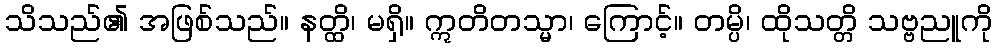
သိသည်၏ အဖြစ်သည်။ နတ္ထိ၊ မရှိ။ ဣတိတသ္မာ၊ ကြောင့်။ တမ္ပိ၊ ထိုသတ္တိ သဗ္ဗညူကို